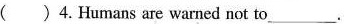
()4. Human are wa1rned not to ___.